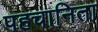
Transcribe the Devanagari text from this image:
पहचानिता